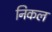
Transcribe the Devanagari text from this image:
निकल